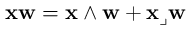
\mathbf { x w } = \mathbf { x } \wedge \mathbf { w } + \mathbf { x } \lrcorner \mathbf { w }